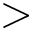
>